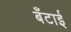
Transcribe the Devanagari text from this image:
बँटाई